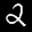
Label: 2